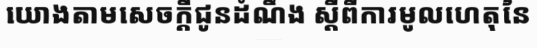
យោងតាមសេចក្តីជូនដំណឹង ស្តីពីការមូលហេតុនៃ